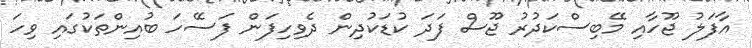
އާފަލު ޖޫހާއި މޭބިސްކަދުރު ޖޫސް ފަދަ ކުޑަކުދިން ދެވިހިފަން ފަސޭހަ ބުއިންތަކުގައި ވިހަ